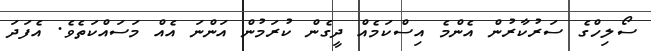
ސޯލިހްގެ ސަރުކާރުން އެންމެ އިސްކަމެއް ދީގެން ކުރަމުން އަންނަ އެއް މަސައްކަތެވެ. އެފަދަ